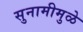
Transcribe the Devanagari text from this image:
सुनामीमुळे